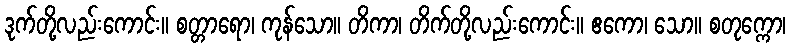
ဒုက်တို့လည်းကောင်း။ စတ္တာရော၊ ကုန်သော။ တိကာ၊ တိက်တို့လည်းကောင်း။ ဧကော၊ သော။ စတုက္ကော၊